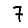
Digit: 7